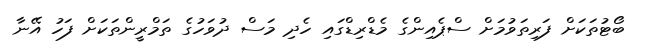
ބޯޓުތަކަށް ފަރިތަވުމަށް ސްޕެއިންގެ މެޑްރިޑްގައި ހެދި މަސް ދުވަހުގެ ތަމްރީންތަކަށް ފަހު އޭނާ